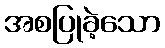
အစပြုခဲ့သော